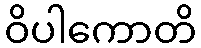
ဝိပါကောတိ